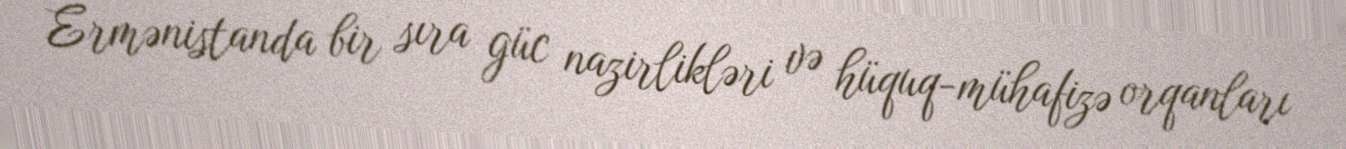
Ermənistanda bir sıra güc nazirlikləri və hüquq-mühafizə orqanları